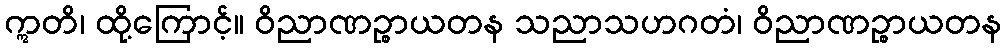
ဣတိ၊ ထို့ကြောင့်။ ဝိညာဏဉ္စာယတန သညာသဟဂတံ၊ ဝိညာဏဉ္စာယတန